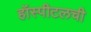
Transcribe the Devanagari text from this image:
हॉस्पीटलची